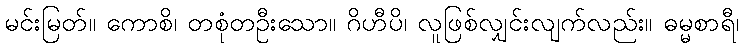
မင်းမြတ်။ ကောစိ၊ တစုံတဦးသော။ ဂိဟီပိ၊ လူဖြစ်လျှင်းလျက်လည်း။ ဓမ္မစာရီ၊